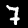
Digit: 7